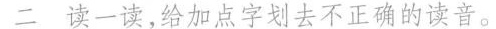
二 读一读，给加点字划去不正确的读音。